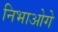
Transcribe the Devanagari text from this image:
निभाओगे